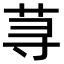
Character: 荨